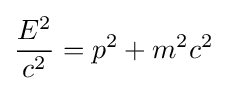
{\frac {E^{2}}{c^{2}}}=p^{2}+m^{2}c^{2}